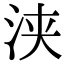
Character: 浃